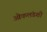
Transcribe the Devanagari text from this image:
ओकलंडशी